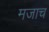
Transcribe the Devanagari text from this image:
मजाच